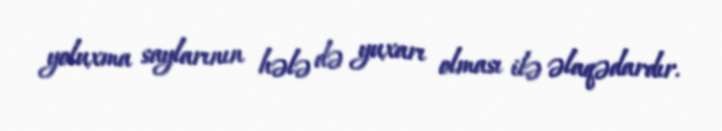
yoluxma saylarının hələ də yuxarı olması ilə əlaqədardır.